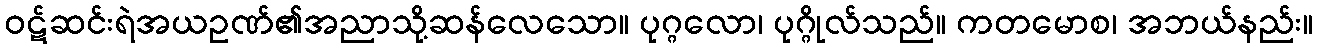
ဝဋ်ဆင်းရဲအယဥဏ်၏အညာသို့ဆန်လေသော။ ပုဂ္ဂလော၊ ပုဂ္ဂိုလ်သည်။ ကတမောစ၊ အဘယ်နည်း။